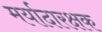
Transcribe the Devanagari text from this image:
मर्यादारक्षक